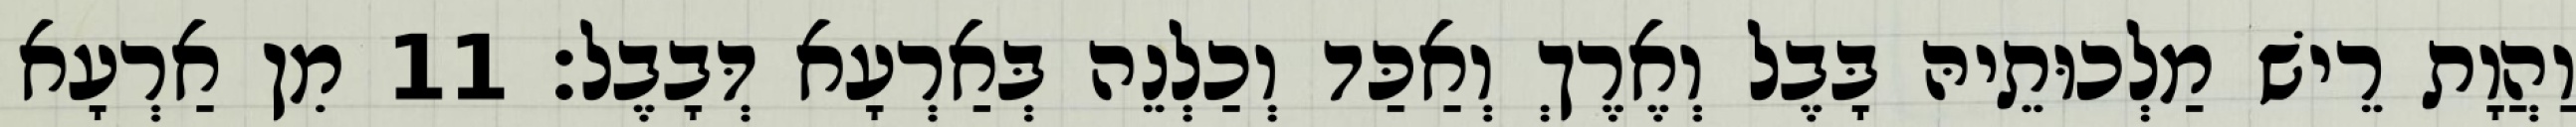
וַהֲוָת רֵישׁ מַלְכוּתֵיהּ בָּבֶל וְאֶרֶךְ וְאַכַּד וְכַלְנֵה בְּאַרְעָא דְּבָבֶל׃ 11 מִן אַרְעָא